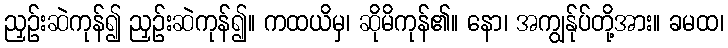
ညှဉ်းဆဲကုန်၍ ညှဉ်းဆဲကုန်၍။ ကထယိမှ၊ ဆိုမိကုန်၏။ နော၊ အကျွန်ုပ်တို့အား။ ခမထ၊